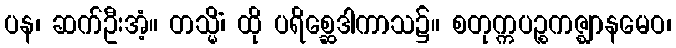
ပန၊ ဆက်ဦးအံ့။ တသ္မိံ၊ ထို ပရိစ္ဆေဒါကာသ၌။ စတုက္ကပဉ္စကဇ္ဈာနမေဝ၊